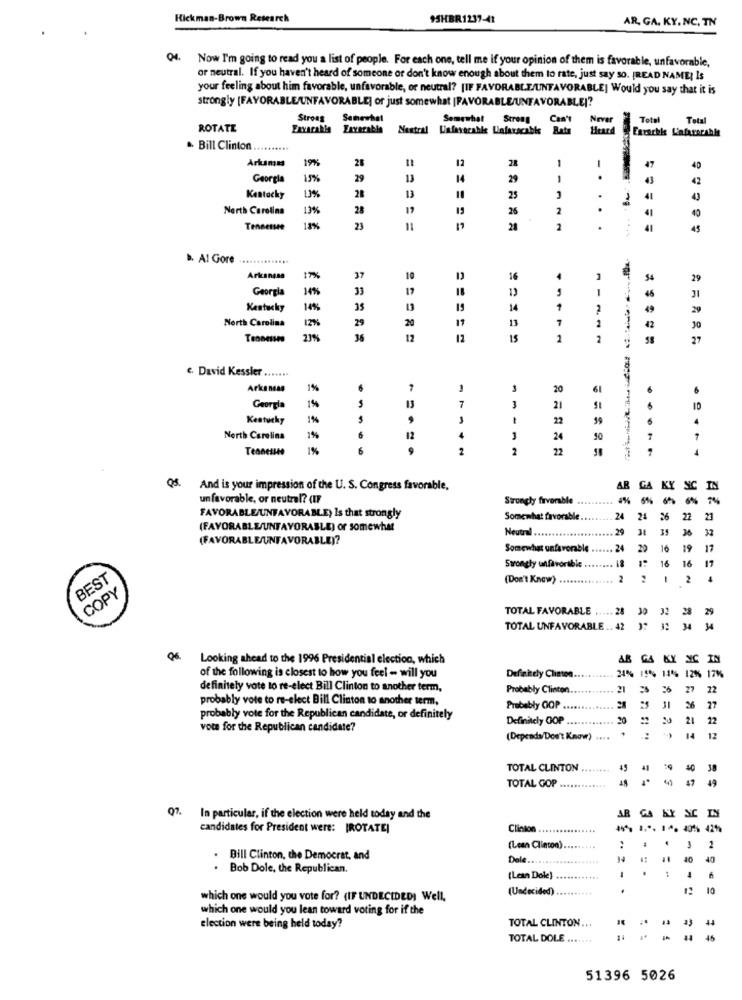
Rickman-Brown Research
$5HBR 1237-41
AR, GA. KY. NC, TN
Q4. Now I'm going to read you a list of people. For each one, tell me if your opinion of them is favorable, unfavorable,
or neutral. If you haven't heard of someone or don't know enough about them to rate, just say so. [READ NAME] Is
your feeling about him favorable, unfavorable, or neutral? [IF FAVORABLE/UNFAVORABLE] Would you say that it is
strongly [FAVORABLE/UNFAVORABLE] or just somewhat [FAVORABLE/UNFAVORABLEI?
Strong
Samewhat
Somewhat Street
Can't
Never
Total Total
ROTATE
Nextral Unfavorable Unfarscable Rate
Heard
Enrachis Linfarerable
·· Bill Clinton ..........
Arkunas
19%
12
47
28
28
1
Georgia
15%
29
13
14
29
1
-.
43
42
Kentucky
0%
28
13
25
..
1
41
North Carolina
13%
28
12
19
26
2
40
Tennessee
23
11
21
2
45
B. Al Gore
..............
Arkansas
17%
37
1
29
Georgia
14%
33
18
-
Kentucky
14%
35
14
7
49
29
North Carolina
29
20
13
2
12%%
42
30
21%
36
12
12
15
2
2
27
e. David Kessler
......
Arkandan
1%
7
-
3
20
61
5
7
Georgia
1%
13
3
21
10
Kentucky
1%
22
59
6
North Carolina
1%
12
1
24
10
Tennessee
1%
6
2
2
22
......
Q8. And is your impression of the U. S. Congress favorable,
AR
GA
KY
un favorable, or neutral? (IF
Strongly favorable
6%
6%
FAVORABLE/UNFAVORABLE) Is that strongly
Somewhat favorable
24
24
26
22
21
(FAVORABLE/UNFAVORABLE) or somewhat
Neutral ...
31
35
36
32
(FAVORABLEUNFAVORABLE)?
Somewhat unfavorable
24
20
16
19
17
Swrongly tanfavorable
17
16 16
BEST
(Don't Know)
2
1 2
COPY
32 28
29
TOTAL FAVORABLE ..... .
TOTAL UNFAVORABLE .. 42
06.
Looking ahead to the 1996 Presidential election, which
AB GA KY NIC IN
Definitely Clinton.
of the following is closest to how you feel - will you
24% 15% 14% 12% 17%
definitely vote to re-elect Bill Clinton to another term,
Probably Clinton ..
21
27
22
probably vote to re-elect Bill Clinton to another term,
Probably COP
27
probably vote for the Republican candidate, or definitely
Definitely OOP
20
21
22
vote for the Republican candidate?
(Depends/Don't Know) ....
14
12
TOTAL CLINTON
45
TOTAL GOP
49
KY
07. In particular, if the election were held today and the
AR GA
candidates for President were: [ROTATE
Clinton ................
(Lean Clinton)
3
.
Bill Clinton, the Democrat, and
Dele ....
40
40
. Bob Dole, the Republican.
.. .
(Lesn Dole)
(Undecided)
.
10
which one would you vote for? (IF UNDECIDED) Well,
which one would you lean toward voting for if the
election were being held today?
TOTAL CLINTON ...
TOTAL DOLE .......
46
51396 5026